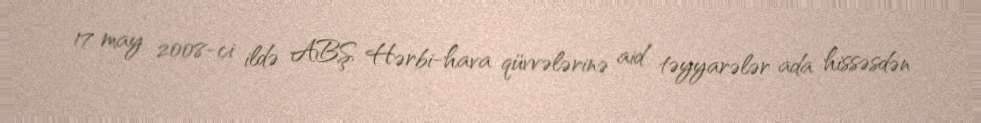
17 may 2008-ci ildə ABŞ Hərbi-hava qüvvələrinə aid təyyarələr ada hissəsdən